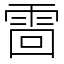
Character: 䨓